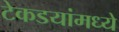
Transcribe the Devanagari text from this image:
टेकडयांमध्ये